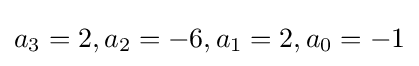
a_{3}=2,a_{2}=-6,a_{1}=2,a_{0}=-1